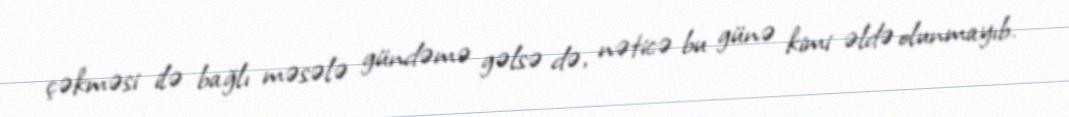
çəkməsi ilə bağlı məsələ gündəmə gəlsə də, nəticə bu günə kimi əldə olunmayıb.